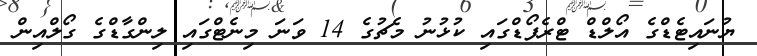
ޔުނައިޓެޑްގެ އޯލްޑް ޓްރެފޯޑްގައި ކުޅުނު މެޗުގެ 14 ވަނަ މިނެޓްގައި ލިންގާޑްގެ ގޯލްއިން